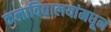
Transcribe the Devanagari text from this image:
कलाविद्यालयांमधून